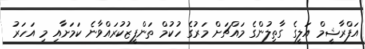
އަފްރާޝީމް އަލީގެ ގާތިލުންގެ މައްޗަށް މަރުގެ ހުކުމް ތަންފީޒުކުރައްވާނެ ކަމަށާއި މި އަހަރު